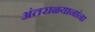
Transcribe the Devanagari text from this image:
अंतराळयानांना